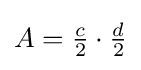
A={\tfrac {c}{2}}\cdot {\tfrac {d}{2}}